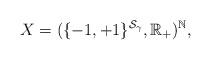
LaTeX: \begin{align*}X=(\{-1,+1\}^{\mathcal{S}_{\gamma}},\mathbb{R}_+)^{\mathbb{N}},\end{align*}